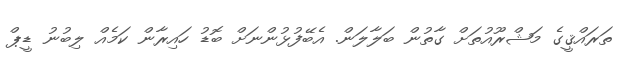
ތަރައްޤީގެ މަޝްރޫއުތަށް ގާތުން ބަލާލަން. އެބޭފުޅުންނަށް ބޮޑު ހައިރާން ކަމެއް ލިބުނު ޑީޕް